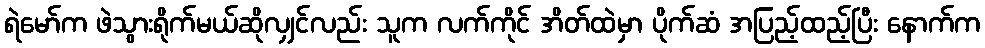
ရဲမော်က ဖဲသွားရိုက်မယ်ဆိုလျှင်လည်း သူက လက်ကိုင် အိတ်ထဲမှာ ပိုက်ဆံ အပြည့်ထည့်ပြီး နောက်က